Source: Handwritten
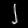
Digit: ၂ (2)